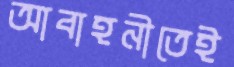
আবাহনীতেই